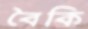
বৈকি